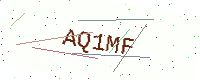
Text: AQ1MF